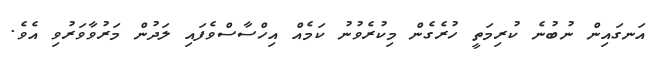
އަނގައިން ނުބުނެ ކުރިމަތީ ހުރެގެން މިކުރެވުނު ކަމެއް އިހްސާސްވެފައި ލަދުން މަރުވާވަރުވި އެވެ.